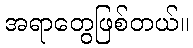
အရာတွေဖြစ်တယ်။